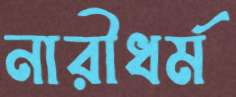
নারীধর্ম